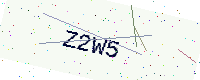
Text: Z2W5